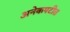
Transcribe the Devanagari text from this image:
अनेकपटीत